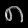
Digit: ၈